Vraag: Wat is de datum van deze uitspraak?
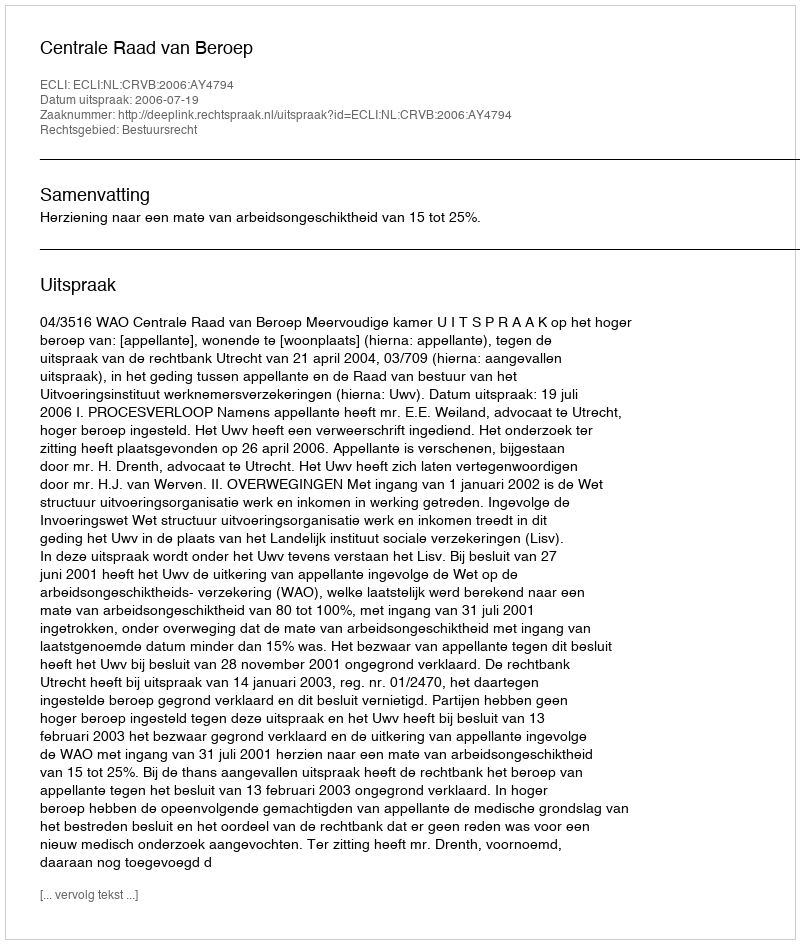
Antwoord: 2006-07-19